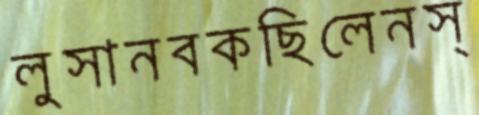
লুসানবকছিলেনস্